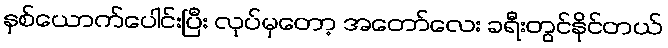
နှစ်ယောက်ပေါင်းပြီး လုပ်မှတော့ အတော်လေး ခရီးတွင်နိုင်တယ်